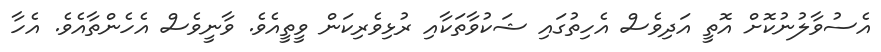
އެސުވާލުނުކޮށް އޮތީ އަދިވެސް އެހިތުގައި ޝަކުވާތަކާއި ރުޅިވެރިކަން ވީތީއެވެ. ވާނީވެސް އެހެންތާއެވެ. އެހާ